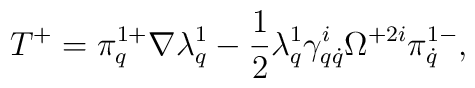
T^+=\pi^{1+}_{q}\nabla\lambda^1_q-\frac12\lambda^1_q\gamma^i_{q\dot q}\Omega^{+2i}\pi^{1-}_{\dot q},